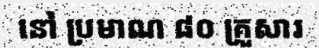
នៅ ប្រមាណ ៨០ គ្រួសារ